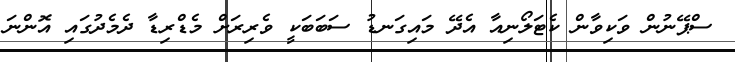
ސްޕޭނުން ވަކިވާން ކެޓަލޯނިއާ އެދޭ މައިގަނޑު ސަބަބަކީ ވެރިރަށް މެޑްރިޑާ ދެމެދުގައި އޮންނަ